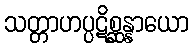
သတ္တာဟပ္ပဋိစ္ဆန္နာယော